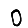
Digit: 0